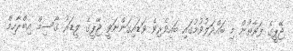
ޖޭޕީގެ ފަރާތުން މި ބައްދަލުވުމުގައި ބައިވެރިވެ ވަޑައިގަންނަވީ ޖޭޕީގެ ލީޑަރު ގާސިމް އިބްރާހިމް